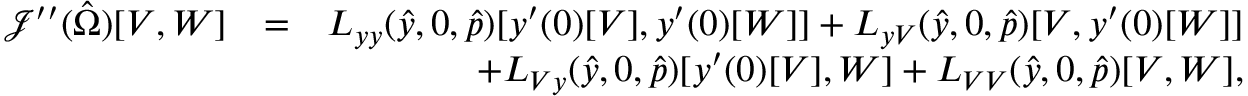
\begin{array} { r l r } { \mathcal { J } ^ { \prime \prime } ( \hat { \Omega } ) [ V , W ] } & { = } & { L _ { y y } ( \hat { y } , 0 , \hat { p } ) [ y ^ { \prime } ( 0 ) [ V ] , y ^ { \prime } ( 0 ) [ W ] ] + L _ { y V } ( \hat { y } , 0 , \hat { p } ) [ V , y ^ { \prime } ( 0 ) [ W ] ] } \\ & { } & { + L _ { V y } ( \hat { y } , 0 , \hat { p } ) [ y ^ { \prime } ( 0 ) [ V ] , W ] + L _ { V V } ( \hat { y } , 0 , \hat { p } ) [ V , W ] , } \end{array}